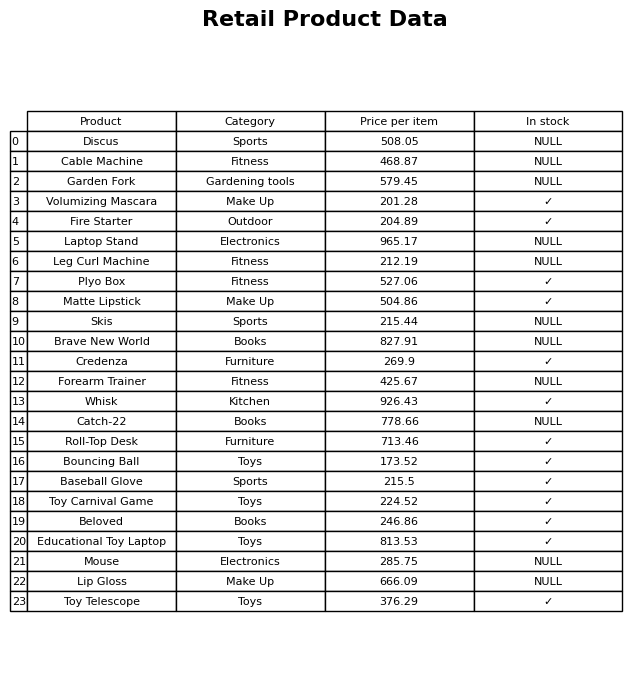
question: What is the price of the Plyo Box?
answer: The price of Plyo Box is 527.06.